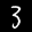
Label: 3